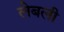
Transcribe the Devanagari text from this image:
लेबली